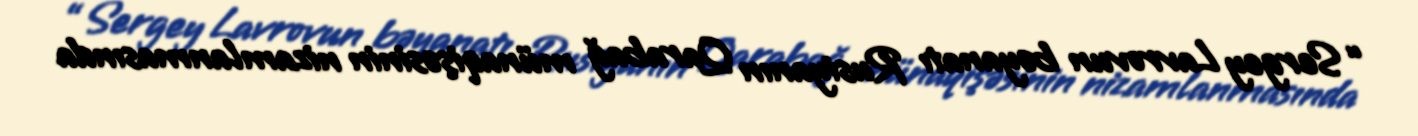
“Sergey Lavrovun bəyanatı Rusiyanın Qarabağ münaqişəsinin nizamlanmasında